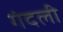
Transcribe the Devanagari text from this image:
गंदली